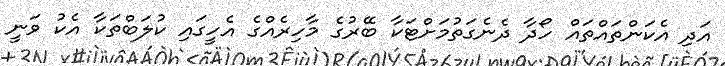
އަދި އެކަންތައްތައް ހޯދާ ދެނެގަތުމަށްޓަކާ ބޭރުގެ މާހިރެއްގެ އެހީގައި ކުލަބްތަކާ އެކު ވަނީ